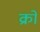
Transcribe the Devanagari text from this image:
क्रों